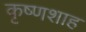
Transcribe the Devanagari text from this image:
कृष्णशाह